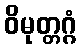
ဝိမုတ္တဂ္ဂံ